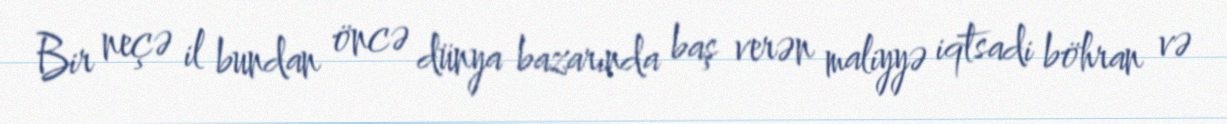
Bir neçə il bundan öncə dünya bazarında baş verən maliyyə iqtsadi böhran və